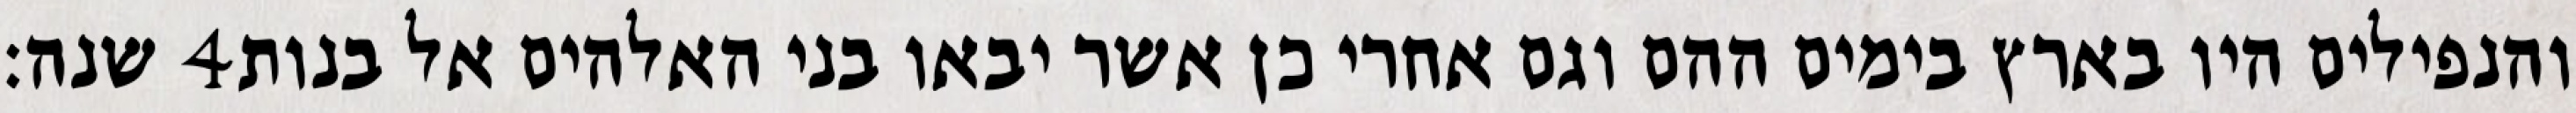
שנה׃ ‎4‏ והנפילים היו בארץ בימים ההם וגם אחרי כן אשר יבאו בני האלהים אל בנות